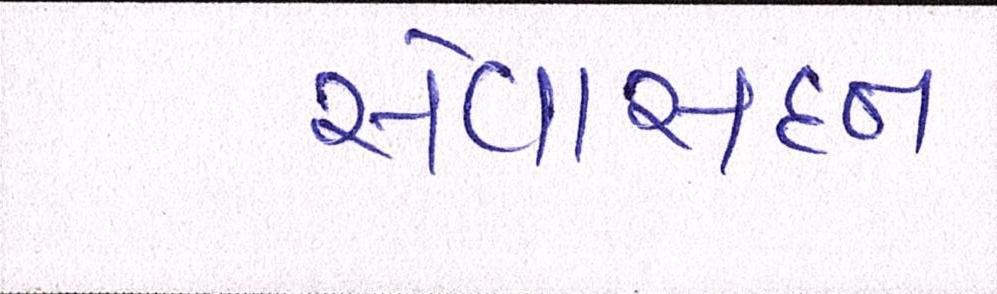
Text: સેવાસદન